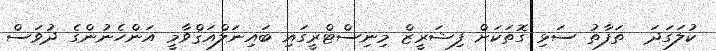
ކުލަގަދަ  ތަފާތު ސަޅި ގޮތަކަށް ފިޝަރީޒް މިނިސްޓްރީގައި ބައިނަލްއަޤްވާމީ އަންހެނުންގެ ދުވަސް